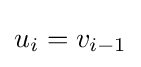
u_{i}=v_{i-1}